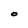
Character: O